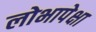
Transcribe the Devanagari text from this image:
लोभापेक्षा